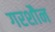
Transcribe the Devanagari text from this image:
गरशौन